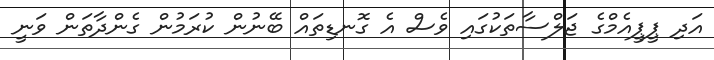
އަދި ޕީޕީއެމްގެ ޖަލްސާތަކުގައި ވެސް އެ ގޮނޑިތައް ބޭނުން ކުރަމުން ގެންދާތަން ވަނީ